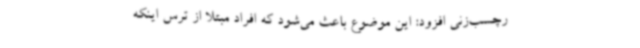
رچسب‌زنی افزود: این موضوع باعث می‌شود که افراد مبتلا از ترس اینکه